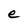
Character: e